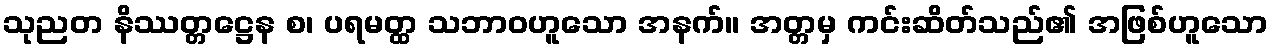
သုညတ နိဿတ္တဋ္ဌေန စ၊ ပရမတ္ထ သဘာဝဟူသော အနက်။ အတ္တမှ ကင်းဆိတ်သည်၏ အဖြစ်ဟူသော